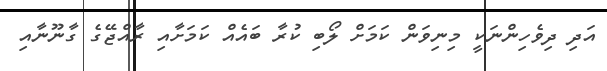
އަދި ދިވެހިންނަކީ މިނިވަން ކަމަށް ލޯބި ކުރާ ބައެއް ކަމަށާއި ރާއްޖޭގެ ގާނޫނާއި